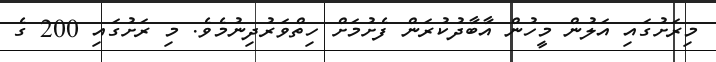
މިރަށުގައި އަލުން މީހުން އާބާދުކުރަން ފެށުމަށް ހިތްވަރުދިނުމެވެ. މި ރަށުގައި 200 ގެ